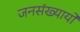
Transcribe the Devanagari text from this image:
जनसंख्यायों